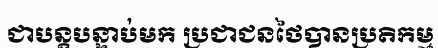
ជាបន្តបន្ទាប់មក ប្រជាជនថៃបានប្រតិកម្ម